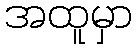
အထူမှာ